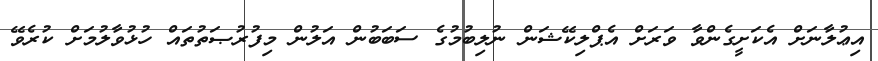
އިޢުލާނަށް އެކަށީގެންވާ ވަރަށް އެޕްލިކޭޝަން ނުލިބުމުގެ ސަބަބުން އަލުން މިފުރުޞަތުތައް ހުޅުވާލުމަށް ކުރެވޭ